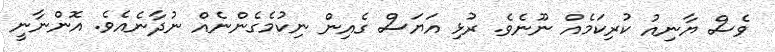
ވެސް ޔާނިއު ކުރިކަމެއް ނޫނެވެ. ރުޅި އަޔަސް ގެއިން ނިކުމެގެންނެއް ނުދާނެއެވެ. އޮންނާނީ